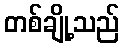
တစ်ချို့သည်